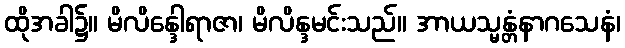
ထိုအခါ၌။ မိလိန္ဒေါရာဇာ၊ မိလိန္ဒမင်းသည်။ အာယသ္မန္တံနာဂသေနံ၊